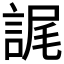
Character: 𮘕